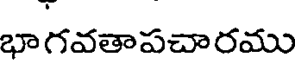
భాగవతాపచారము